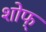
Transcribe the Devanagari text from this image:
शोफ्